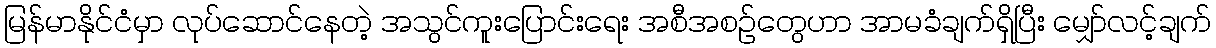
မြန်မာနိုင်ငံမှာ လုပ်ဆောင်နေတဲ့ အသွင်ကူးပြောင်းရေး အစီအစဉ်တွေဟာ အာမခံချက်ရှိပြီး မျှော်လင့်ချက်